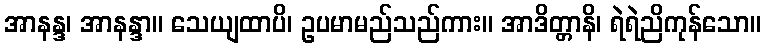
အာနန္ဒ၊ အာနန္ဒာ။ သေယျထာပိ၊ ဥပမာမည်သည်ကား။ အာဒိတ္တာနိ၊ ရဲရဲညိကုန်သော။